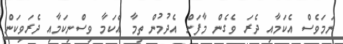
ނަމަވެސް އެކަމާއި ދެރަ ވެގެން މާފަށް އެދުމުން ތިމާ އެކަމާ ވިސްނިކަމާއި ދެރަވިކަން